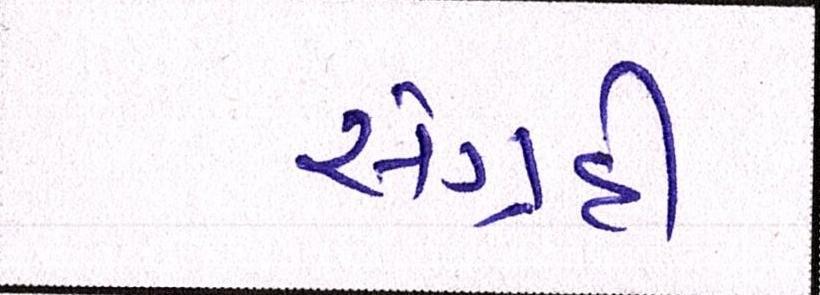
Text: સંગ્રહી